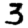
Digit: 3